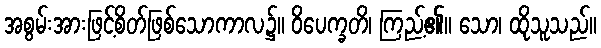
အစွမ်းအားဖြင့်စိတ်ဖြစ်သောကာလ၌။ ဝိပေက္ခတိ၊ ကြည့်၏။ သော၊ ထိုသူသည်။